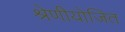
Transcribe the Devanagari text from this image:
श्रेणीयोजित